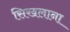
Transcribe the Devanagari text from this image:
सिखलाना